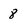
Character: 8